Report of the Indian Hemp Drugs Commission, 1894-1895 - Volume I
Year: 1894
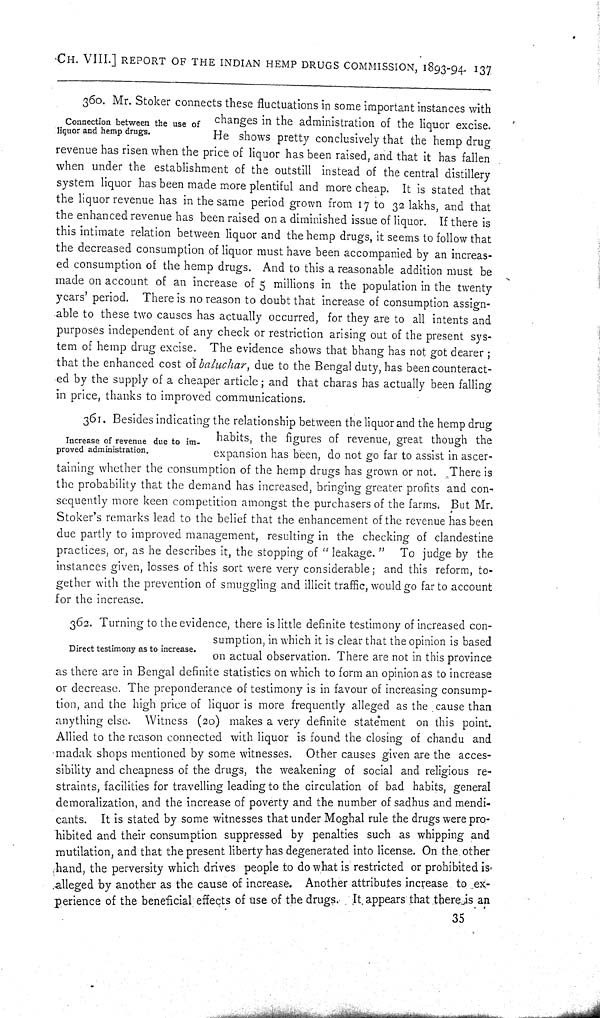
CH. VIII.] REPORT OF THE INDIAN HEMP DRUGS COMMISSION, 1893-94. 137
Connection between the use of
liquor and hemp drugs.
360. Mr. Stoker connects these fluctuations in some important instances with
changes in the administration of the liquor excise.
He shows pretty conclusively that the hemp drug
revenue has risen when the price of liquor has been raised, and that it has fallen
when under the establishment of the outstill instead of the central distillery
system liquor has been made more plentiful and more cheap. It is stated that
the liquor revenue has in the same period grown from 17 to 32 lakhs, and that
the enhanced revenue has been raised on a diminished issue of liquor. If there is
this intimate relation between liquor and the hemp drugs, it seems to follow that
the decreased consumption of liquor must have been accompanied by an increas-
ed consumption of the hemp drugs. And to this a reasonable addition must be
made on account of an increase of 5 millions in the population in the twenty
years' period. There is no reason to doubt that increase of consumption assign-
able to these two causes has actually occurred, for they are to all intents and
purposes independent of any check or restriction arising out of the present sys-
tem of hemp drug excise. The evidence shows that bhang has not got dearer;
that the enhanced cost of baluchar, due to the Bengal duty, has been counteract-
ed by the supply of a cheaper article; and that charas has actually been falling
in price, thanks to improved communications.
Increase of revenue due to im-
proved administration.
361. Besides indicating the relationship between the liquor and the hemp drug
habits, the figures of revenue, great though the
expansion has been, do not go far to assist in ascer-
taining whether the consumption of the hemp drugs has grown or not. There is
the probability that the demand has increased, bringing greater profits and con-
sequently more keen competition amongst the purchasers of the farms. But Mr.
Stoker's remarks lead to the belief that the enhancement of the revenue has been
due partly to improved management, resulting in the checking of clandestine
practices, or, as he describes it, the stopping of "leakage." To judge by the
instances given, losses of this sort were very considerable; and this reform, to-
gether with the prevention of smuggling and illicit traffic, would go far to account
for the increase.
Direct testimony as to increase.
362. Turning to the evidence, there is little definite testimony of increased con-
sumption, in which it is clear that the opinion is based
on actual observation. There are not in this province
as there are in Bengal definite statistics on which to form an opinion as to increase
or decrease. The preponderance of testimony is in favour of increasing consump-
tion, and the high price of liquor is more frequently alleged as the cause than
anything else. Witness (20) makes a very definite statement on this point.
Allied to the reason connected with liquor is found the closing of chandu and
madak shops mentioned by some witnesses. Other causes given are the acces-
sibility and cheapness of the drugs, the weakening of social and religious re-
straints, facilities for travelling leading to the circulation of bad habits, general
demoralization, and the increase of poverty and the number of sadhus and mendi-
cants. It is stated by some witnesses that under Moghal rule the drugs were pro-
hibited and their consumption suppressed by penalties such as whipping and
mutilation, and that the present liberty has degenerated into license. On the other
hand, the perversity which drives people to do what is restricted or prohibited is
alleged by another as the cause of increase. Another attributes increase to ex-
perience of the beneficial effects of use of the drugs. It appears that there is an
35